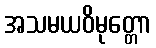
အသမယဝိမုတ္တော